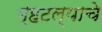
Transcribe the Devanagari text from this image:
म्हटल्याचे